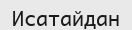
Исатайдан